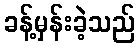
ခန့်မှန်းခဲ့သည်